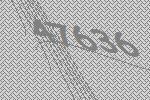
47636